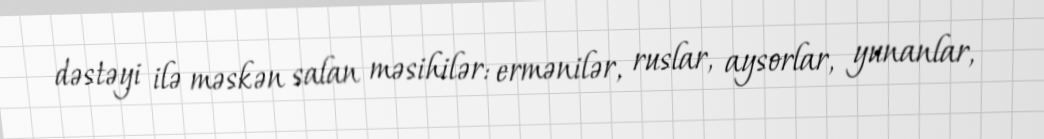
dəstəyi ilə məskən salan məsihilər: ermənilər, ruslar, aysorlar, yunanlar,